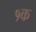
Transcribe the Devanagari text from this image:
१क